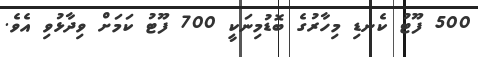
500 ފޫޓު ކެނޑި މިހާރުގެ ބޮޑުމިނަކީ 700 ފޫޓު ކަމަށް ވިދާޅުވި އެވެ.